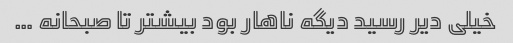
خیلی دیر رسید دیگه ناهار بود بیشتر تا صبحانه …